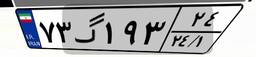
۷۳گ۱۹۳۲۴